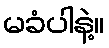
မခံပါနဲ့။